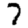
Digit: 7